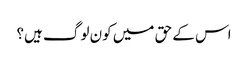
اس کے حق میں کون لوگ ہیں؟